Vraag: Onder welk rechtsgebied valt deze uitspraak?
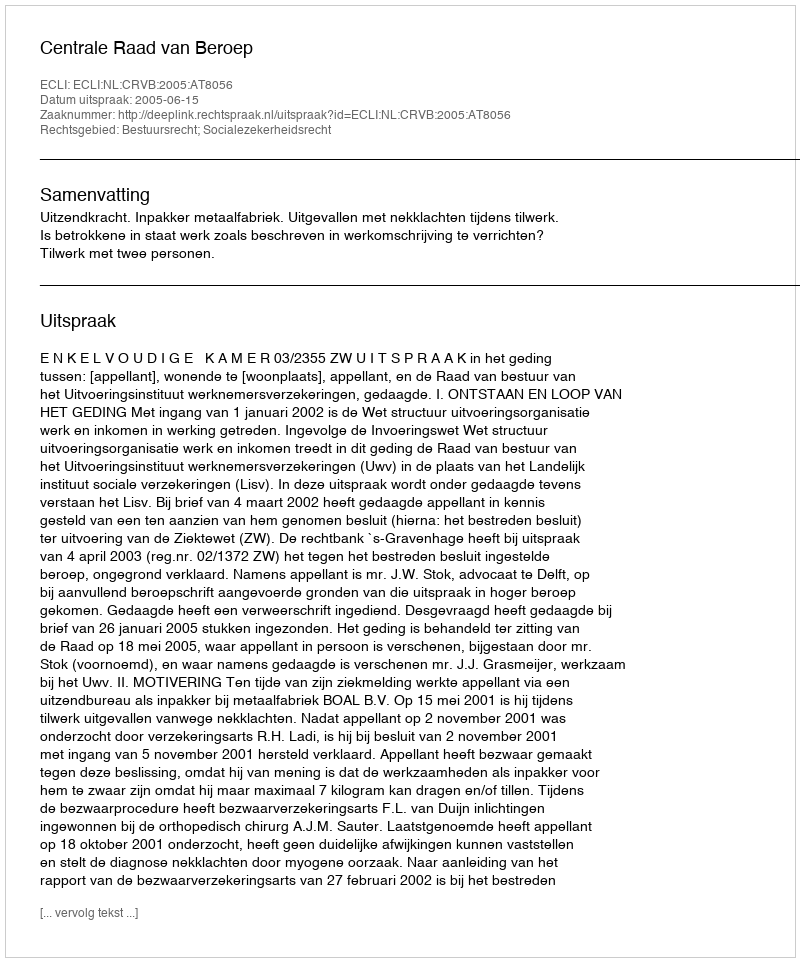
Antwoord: Bestuursrecht; Socialezekerheidsrecht